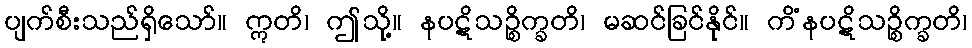
ပျက်စီးသည်ရှိသော်။ ဣတိ၊ ဤသို့။ နပဋိသဉ္စိက္ခတိ၊ မဆင်ခြင်နိုင်။ ကိံနပဋိသဉ္စိက္ခတိ၊